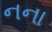
નના